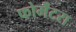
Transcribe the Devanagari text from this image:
फोर्मेंटरा